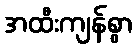
အထီးကျန်စွာ